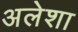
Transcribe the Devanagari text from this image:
अलेशा